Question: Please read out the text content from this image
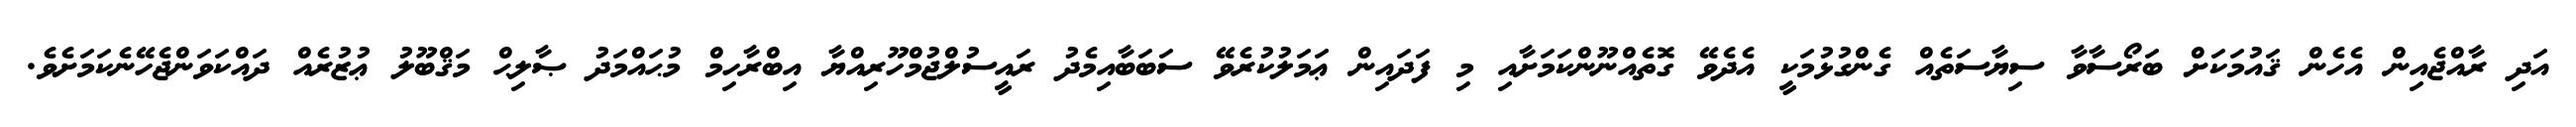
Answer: އަދި ރާއްޖެއިން އެހެން ޤައުމަކަށް ބަރޯސާވާ ސިޔާސަތެއް ގެންގުޅުމަކީ އެދެވޭ ގޮތެއްނޫންކަމަށާއި މި ފަދައިން ޢަމަލުކުރެވޭ ސަބަބާއިމެދު ރައީސުލްޖުމްހޫރިއްޔާ އިބްރާހިމް މުޙައްމަދު ޞާލިޙް މަޤްބޫލު ޢުޒުރެއް ދައްކަވަންޖެހޭނެކަމަށެވެ.